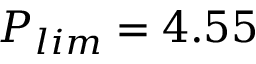
P _ { l i m } = 4 . 5 5 \